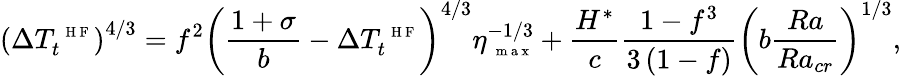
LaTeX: \left(\Delta T_{t}^{\mathrm{~\scriptsize~H~F~}}\right)^{4/3}=f^{2}\left(\frac{1+\sigma}{b}-\Delta T_{t}^{\mathrm{~\scriptsize~H~F~}}\right)^{4/3}\eta_{\mathrm{~\scriptsize~m~a~x~}}^{-1/3}+\frac{H^{*}}{c}\frac{1-f^{3}}{3\left(1-f\right)}\left(b\frac{Ra}{Ra_{cr}}\right)^{1/3},